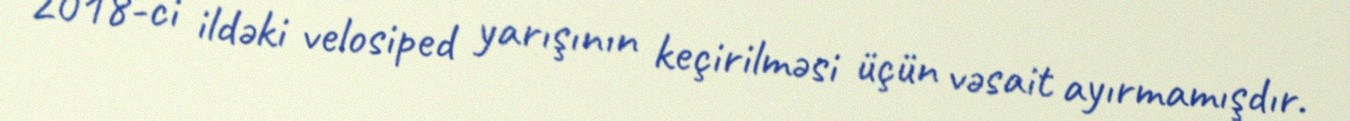
2018-ci ildəki velosiped yarışının keçirilməsi üçün vəsait ayırmamışdır.